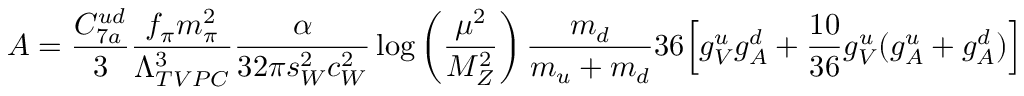
A = { \frac { C _ { 7 a } ^ { u d } } { 3 } } { \frac { f _ { \pi } m _ { \pi } ^ { 2 } } { \Lambda _ { T V P C } ^ { 3 } } } { \frac { \alpha } { 3 2 \pi s _ { W } ^ { 2 } c _ { W } ^ { 2 } } } \log \left( { \frac { \mu ^ { 2 } } { M _ { Z } ^ { 2 } } } \right) { \frac { m _ { d } } { m _ { u } + m _ { d } } } 3 6 \Bigl [ g _ { V } ^ { u } g _ { A } ^ { d } + { \frac { 1 0 } { 3 6 } } g _ { V } ^ { u } ( g _ { A } ^ { u } + g _ { A } ^ { d } ) \Bigr ]